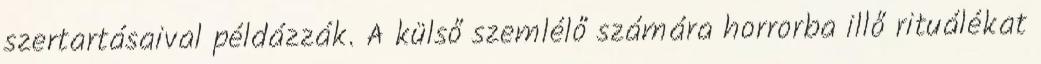
szertartásaival példázzák. A külső szemlélő számára horrorba illő rituálékat